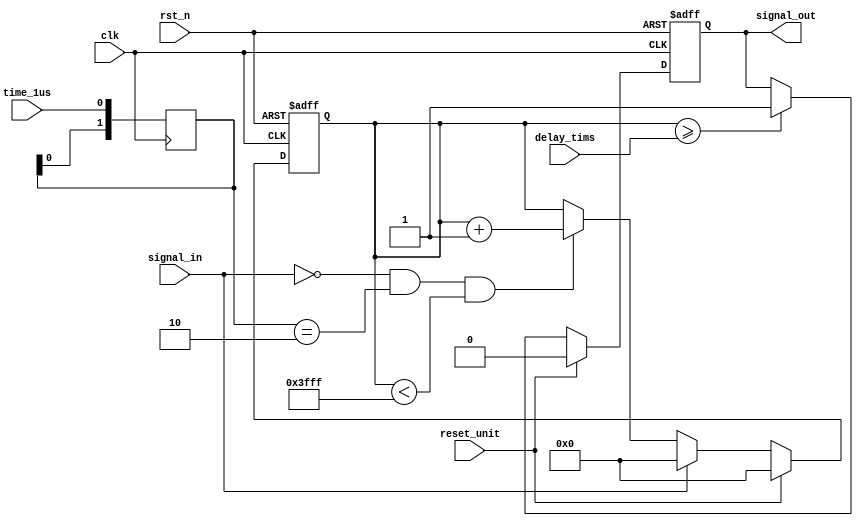
  
 module err_low_detect (
						clk			,
						rst_n		,
						time_1us    ,
						reset_unit	,
						signal_in	,
						signal_out	,
						delay_tims
						);
input clk			;
input rst_n			;
input time_1us  	;
input reset_unit	;
input signal_in		;
output signal_out	;
input [13:0]delay_tims;
//parameter DELAY_TIMES=2;//6us

reg signal_out;
reg [13:0]cnt_delay;
reg [1:0]time_1us_syn;
always@(posedge clk) time_1us_syn<={time_1us_syn[0],time_1us};
always@(posedge clk or negedge rst_n)
begin 
	if(!rst_n)
	cnt_delay<=0;
	else if(reset_unit)
	cnt_delay<=0;
	else if(signal_in)//
	cnt_delay<=0;
	else if(signal_in==0&&time_1us_syn==2'b10&&cnt_delay<14'd16383)
	cnt_delay<=cnt_delay+1'b1;
end 
always@(posedge clk or negedge rst_n)
begin 
	if(!rst_n)
	signal_out<=1'b0;
	else if(reset_unit)
	signal_out<=1'b0;
	else if(cnt_delay>=delay_tims)
	signal_out<=1'b1;
end 

endmodule